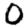
Digit: 0